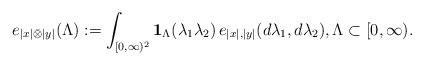
LaTeX: \begin{align*}e_{|x|\bar{\otimes}|y|}(\Lambda) := \int_{[0,\infty)^2} \mathbf{1}_\Lambda(\lambda_1\lambda_2)\,e_{|x|,|y|}(d\lambda_1,d\lambda_2), \Lambda \subset [0,\infty). \end{align*}